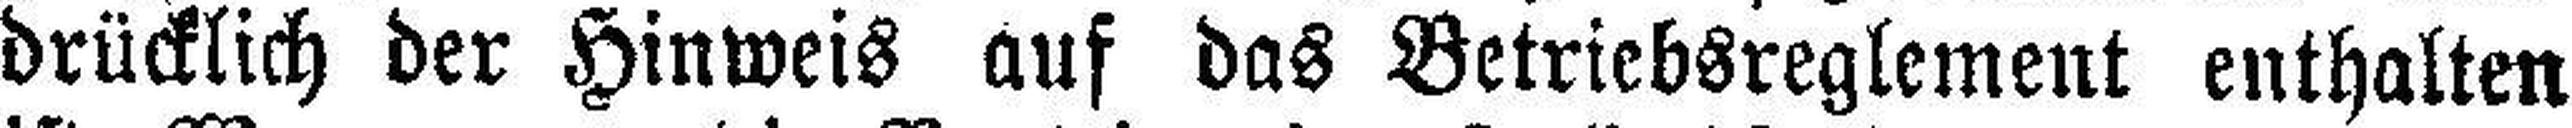
drücklich der Hinweis auf das Betriebsreglement enthalten